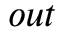
o u t